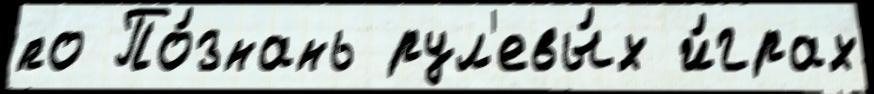
по По́знань рул'евы́х и́грах